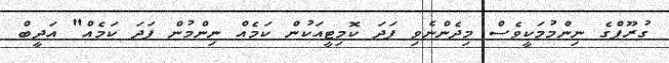
ގުރޫޕްގެ ނިންމުމަކީވެސް މިދެންނެވި ފަދަ ކޮމިޓީއަކުން ކަމެއް ނިންމުން ފަދަ ކަމެއް" އަދީބް